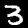
Digit: 3